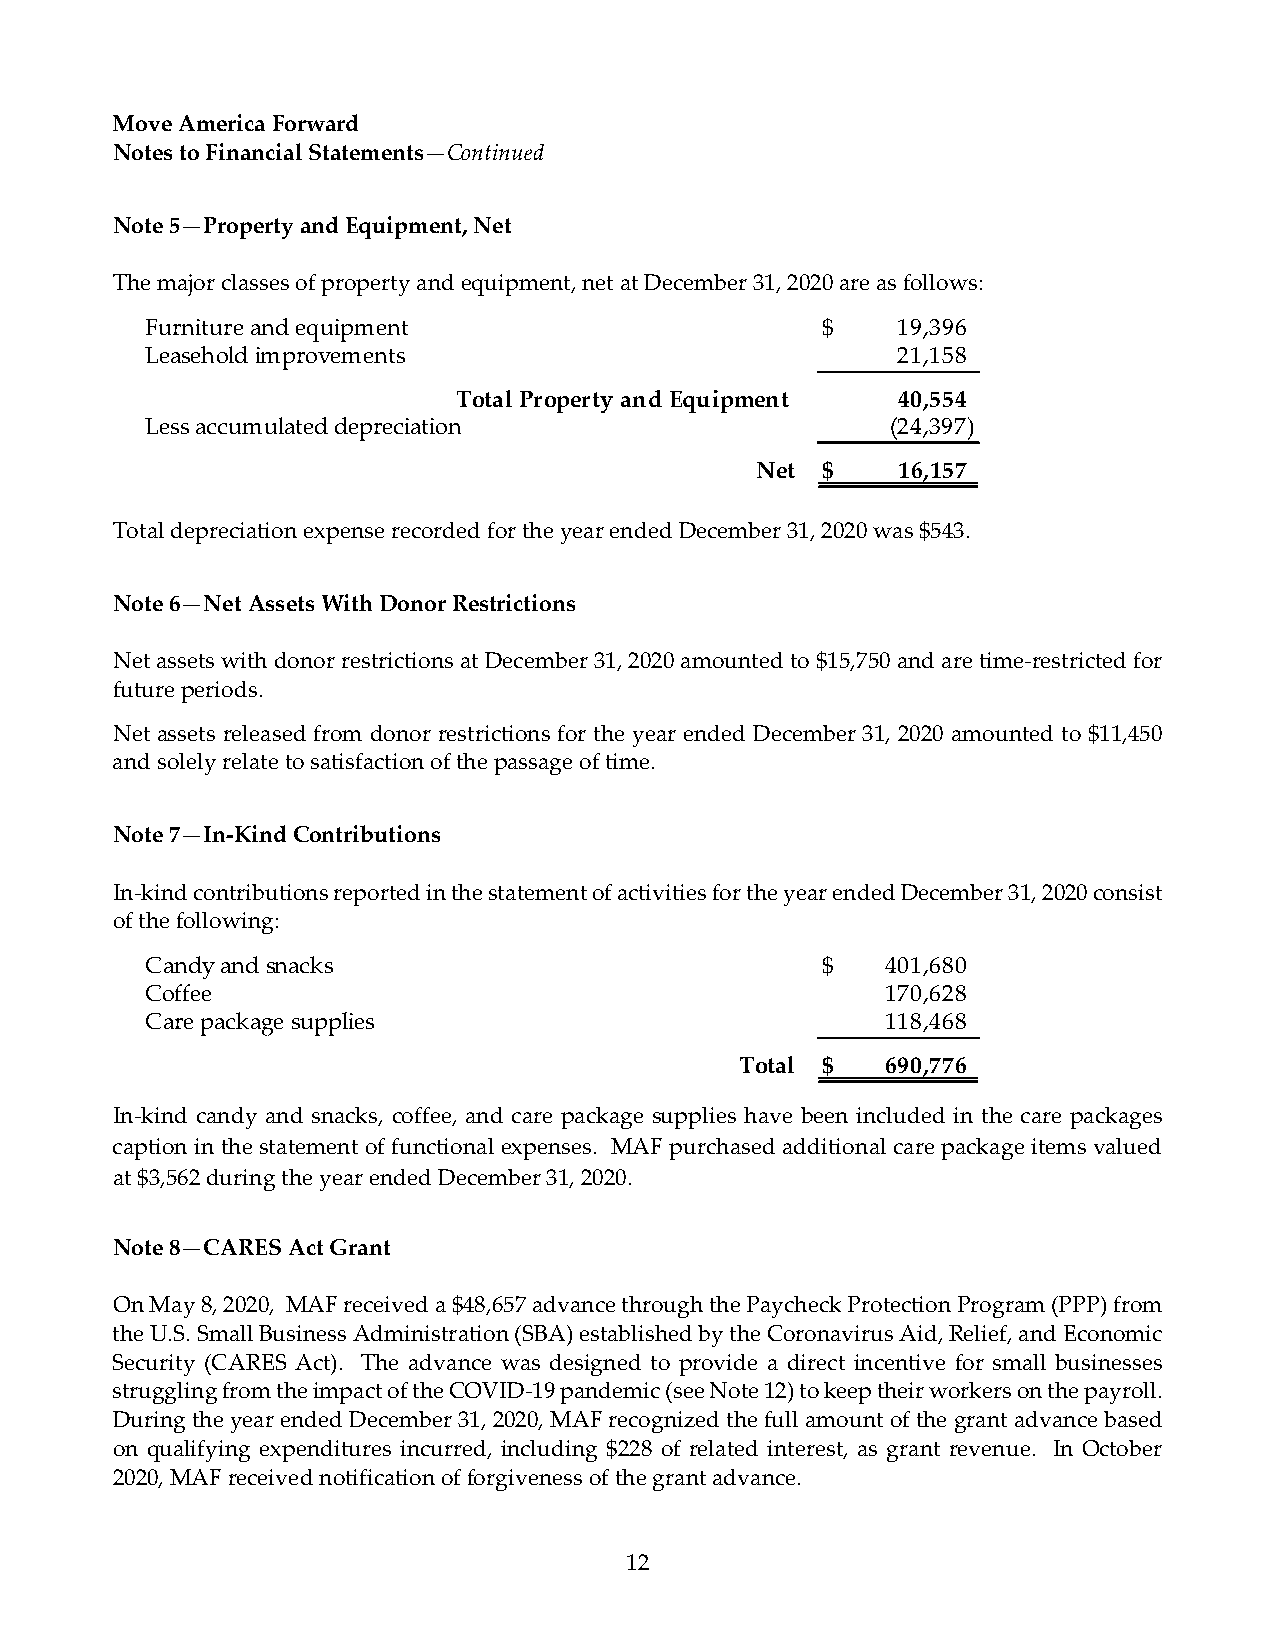
Move America Forward
 Notes to Financial Statements—Continued
 Note 5—Property and Equipment, Net
 The major classes of property and equipment, net at December 31, 2020 are as follows:
 Furniture and equipment                     $    19,396
 Leasehold improvements                           21,158
 Total Property and Equipment 40,554
 Less accumulated depreciation                    (24,397)
 Net $    16,157
 Total depreciation expense recorded for the year ended December 31, 2020 was $543.
 Note 6—Net Assets With Donor Restrictions
 Net assets with donor restrictions at December 31, 2020 amounted to $15,750 and are time‐restricted for
 future periods.
 Net assets released from donor restrictions for the year ended December 31, 2020 amounted to $11,450
 and solely relate to satisfaction of the passage of time.
 Note 7—In‐Kind Contributions
 In‐kind contributions reported in the statement of activities for the year ended December 31, 2020 consist
 of the following:
 Candy and snacks                            $    401,680
 Coffee                                           1 70,628
 Care package supplies                            118,468
 Total $   690,776
 In‐kind candy and snacks, coffee, and care package supplies have been included in the care packages
 caption in the statement of functional expenses. MAF purchased additional care package items valued
 at $3,562 during the year ended December 31, 2020.
 Note 8—CARES Act Grant
 On May 8, 2020, MAF received a $48,657 advance through the Paycheck Protection Program (PPP) from
 the U.S. Small Business Administration (SBA) established by the Coronavirus Aid, Relief, and Economic
 Security (CARES Act). The advance was designed to provide a direct incentive for small businesses
 struggling from the impact of the COVID‐19 pandemic (see Note 12) to keep their workers on the payroll.
 During the year ended December 31, 2020, MAF recognized the full amount of the grant advance based
 on qualifying expenditures incurred, including $228 of related interest, as grant revenue. In October
 2020, MAF received notification of forgiveness of the grant advance.
 12